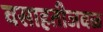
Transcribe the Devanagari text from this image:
वसाहतीजवळ